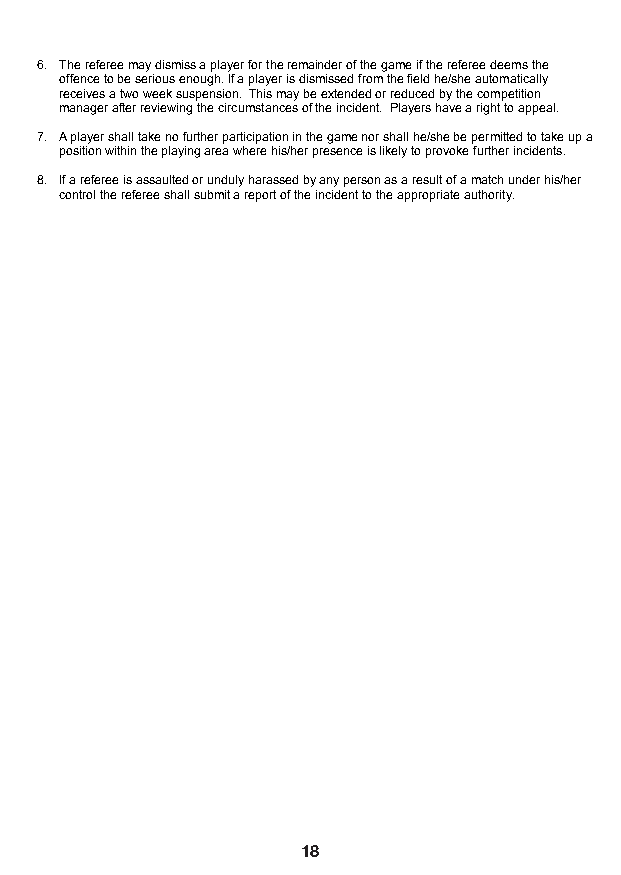
6. The referee may dismiss a player for the remainder of the game if the referee deems the
 offence to be serious enough. If a player is dismissed from the field he/she automatically
 receives a two week suspension. This may be extended or reduced by the competition
 manager after reviewing the circumstances of the incident. Players have a right to appeal.
 7. A player shall take no further participation in the game nor shall he/she be permitted to take up a
 position within the playing area where his/her presence is likely to provoke further incidents.
 8. If a referee is assaulted or unduly harassed by any person as a result of a match under his/her
 control the referee shall submit a report of the incident to the appropriate authority.
 19
 17                  18